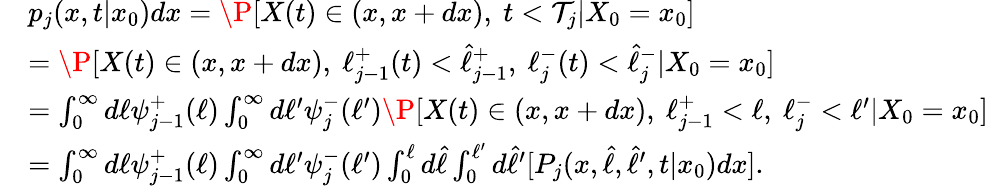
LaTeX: \begin{array}{rl}&{p_{j}(x,t|x_{0})dx=\P[X(t)\in(x,x+dx),\ t<{\mathcal T}_{j}|X_{0}=x_{0}]}\\ &{=\P[X(t)\in(x,x+dx),\ \ell_{j-1}^{+}(t)<\widehat{\ell}_{j-1}^{+},\ \ell_{j}^{-}(t)<\widehat{\ell}_{j}^{-}|X_{0}=x_{0}]}\\ &{=\int_{0}^{\infty}d\ell\psi_{j-1}^{+}(\ell)\int_{0}^{\infty}d\ell^{\prime}\psi_{j}^{-}(\ell^{\prime})\P[X(t)\in(x,x+dx),\ \ell_{j-1}^{+}<\ell,\ \ell_{j}^{-}<\ell^{\prime}|X_{0}=x_{0}]}\\ &{=\int_{0}^{\infty}d\ell\psi_{j-1}^{+}(\ell)\int_{0}^{\infty}d\ell^{\prime}\psi_{j}^{-}(\ell^{\prime})\int_{0}^{\ell}d\hat{\ell}\int_{0}^{\ell^{\prime}}d\hat{\ell}^{\prime}[P_{j}(x,\hat{\ell},\hat{\ell}^{\prime},t|x_{0})dx].}\end{array}